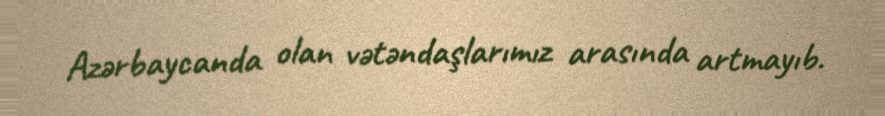
Azərbaycanda olan vətəndaşlarımız arasında artmayıb.